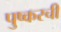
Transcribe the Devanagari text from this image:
पुष्करची